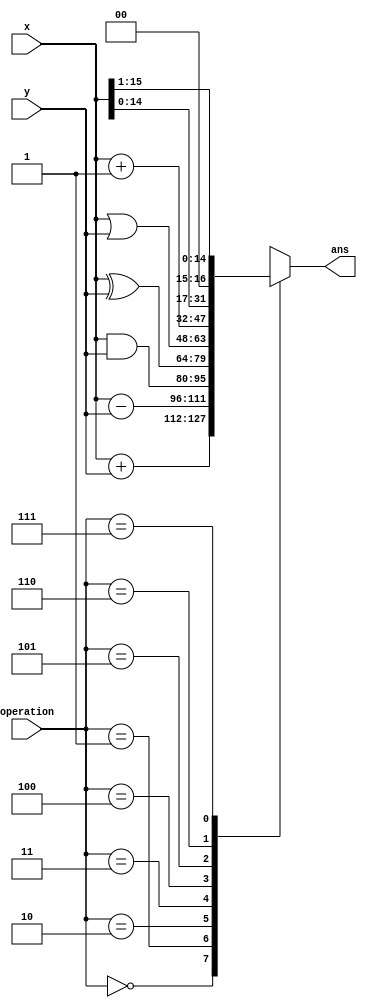
// listing all inputs and outputs, by convention outputs go first
module p2(ans,operation,x,y);
	output[15:0] ans;
	input [15:0] x,y;
	input [2:0] operation;
	reg [15:0] ans;
	always @ (operation)
	case (operation) 
	// ALU is implemented using numbers 
		3'b000: ans <= x+y;
		3'b001: ans <= x-y;
		3'b010: ans <= x&y;
		3'b011: ans <= x^y;
		3'b100: ans <= x|y;
		3'b101: ans <= x+1;
		3'b110: ans <= x<<1;
		3'b111: ans <= x>>1;
		default: ans <= 16'd0;
	endcase
endmodule